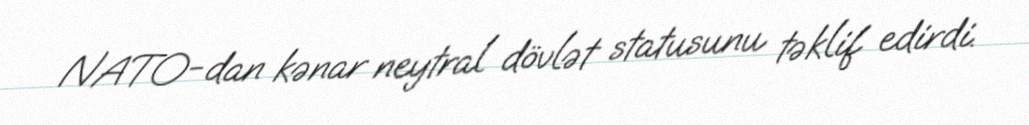
NATO-dan kənar neytral dövlət statusunu təklif edirdi.